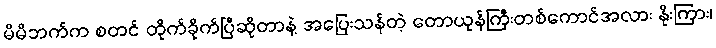
မိမိဘက်က စတင် တိုက်ခိုက်ပြီဆိုတာနဲ့ အပြေးသန်တဲ့ တောယုန်ကြီးတစ်ကောင်အလား နိုးကြား၊